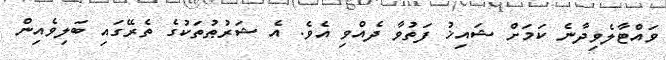
ވައްޓާލެވިދާނެ ކަމަށް ޝައިޚު ފަތުވާ ދެއްވި އެވެ. އެ ޝަރުޠުތަކުގެ ތެރޭގައި ބަލިވެއިން